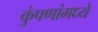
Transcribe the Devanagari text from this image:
कुंपणांमध्ये